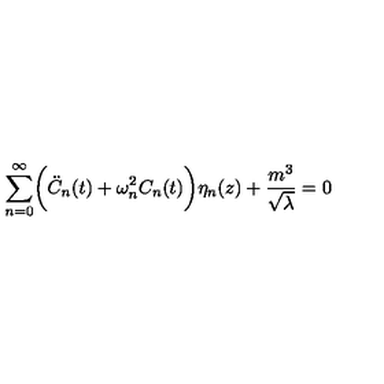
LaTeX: \sum _ { n = 0 } ^ { \infty } \biggl ( { \ddot { C } } _ { n } ( t ) + \omega _ { n } ^ { 2 } C _ { n } ( t ) \biggr ) \eta _ { n } ( z ) + \frac { m ^ { 3 } } { \sqrt \lambda } = 0